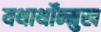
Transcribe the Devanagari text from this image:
यथार्थोंन्मुख